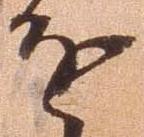
進